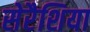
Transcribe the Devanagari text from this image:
सेरैशिया